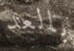
بالعد